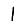
Digit: 1